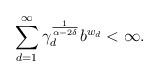
LaTeX: \begin{align*}\sum_{d=1}^{\infty} \gamma_d^{\frac{1}{\alpha - 2 \delta}} b^{w_d} < \infty .\end{align*}